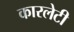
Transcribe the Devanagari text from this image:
कारलेटी